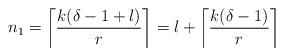
LaTeX: \begin{align*}n_1=\left\lceil\frac{k(\delta-1+l)}{r}\right\rceil=l+\left\lceil\frac{k(\delta-1)}{r}\right\rceil\end{align*}